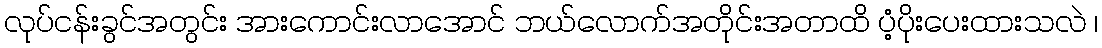
လုပ်ငန်းခွင်အတွင်း အားကောင်းလာအောင် ဘယ်လောက်အတိုင်းအတာထိ ပံ့ပိုးပေးထားသလဲ ၊